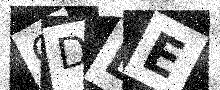
Text: CDDE